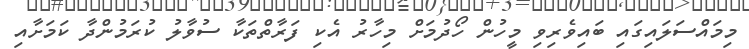
މިމައްސަލައިގައި ބައިވެރިވި މީހުން ހޯދުމަށް މިހާރު އެކި ފަރާތްތަކާ ސުވާލު ކުރަމުންދާ ކަމަށާއި